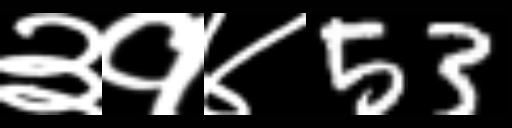
Text: ३१४53